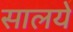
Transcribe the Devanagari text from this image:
सालये